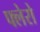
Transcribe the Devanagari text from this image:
फ्लेरो